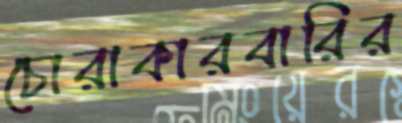
চোরাকারবারির